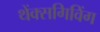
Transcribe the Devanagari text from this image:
थेंक्सगिविंग